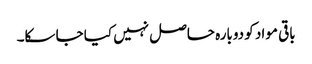
باقی مواد کو دوبارہ حاصل نہیں کیا جا سکا۔